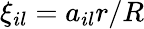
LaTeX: \xi_{il}=a_{il}r/R